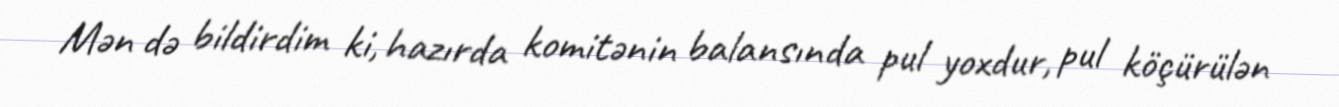
Mən də bildirdim ki, hazırda komitənin balansında pul yoxdur, pul köçürülən